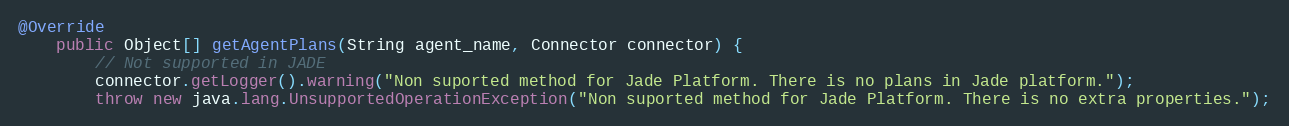
Language: Java
@Override
    public Object[] getAgentPlans(String agent_name, Connector connector) {
        // Not supported in JADE
        connector.getLogger().warning("Non suported method for Jade Platform. There is no plans in Jade platform.");
        throw new java.lang.UnsupportedOperationException("Non suported method for Jade Platform. There is no extra properties.");